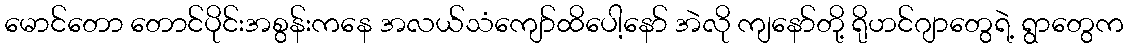
မောင်တော တောင်ပိုင်းအစွန်းကနေ အလယ်သံကျော်ထိပေါ့နော် အဲလို ကျနော်တို့ ရိုဟင်ဂျာတွေရဲ့ ရွာတွေက